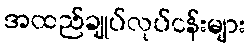
အထည်ချုပ်လုပ်ငန်းများ